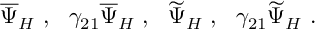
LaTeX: \overline { { { \Psi } } } _ { H } ~ , ~ ~ \gamma _ { 2 1 } \overline { { { \Psi } } } _ { H } ~ , ~ ~ \widetilde { \Psi } _ { H } ~ , ~ ~ \gamma _ { 2 1 } \widetilde { \Psi } _ { H } ~ .